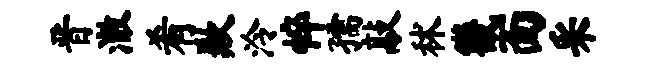
晋澈肴歉泠悴孺敲秫畿面采